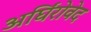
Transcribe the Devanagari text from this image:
अर्घिंरोवेद